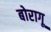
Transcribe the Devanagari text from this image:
बोरागू